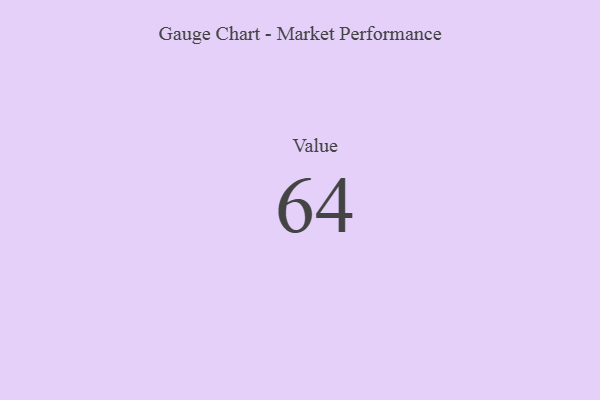
{"axis": {"x": "Metric", "y": "Value"}, "legend": [""], "data": [{"x": "Value", "y": 64, "type": ""}]}